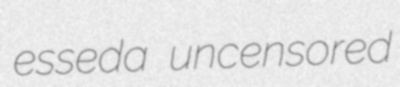
esseda uncensored